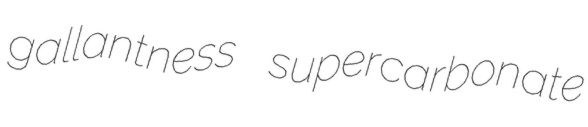
gallantness supercarbonate